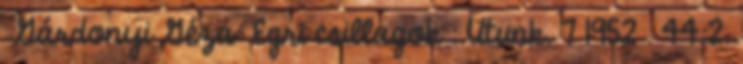
Gárdonyi Géza: Egri csillagok . Utunk. 7 1952 . 44:2.